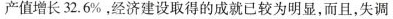
产值增长32.6%，经济建设取得的成就已较为明显，而且，失调